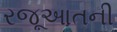
રજૂઆતની